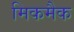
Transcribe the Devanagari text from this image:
मिकमैक